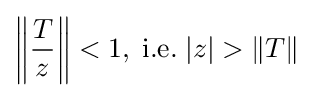
\left\|{\frac {T}{z}}\right\|<1,\;{\text{i.e.}}\;|z|>\|T\|